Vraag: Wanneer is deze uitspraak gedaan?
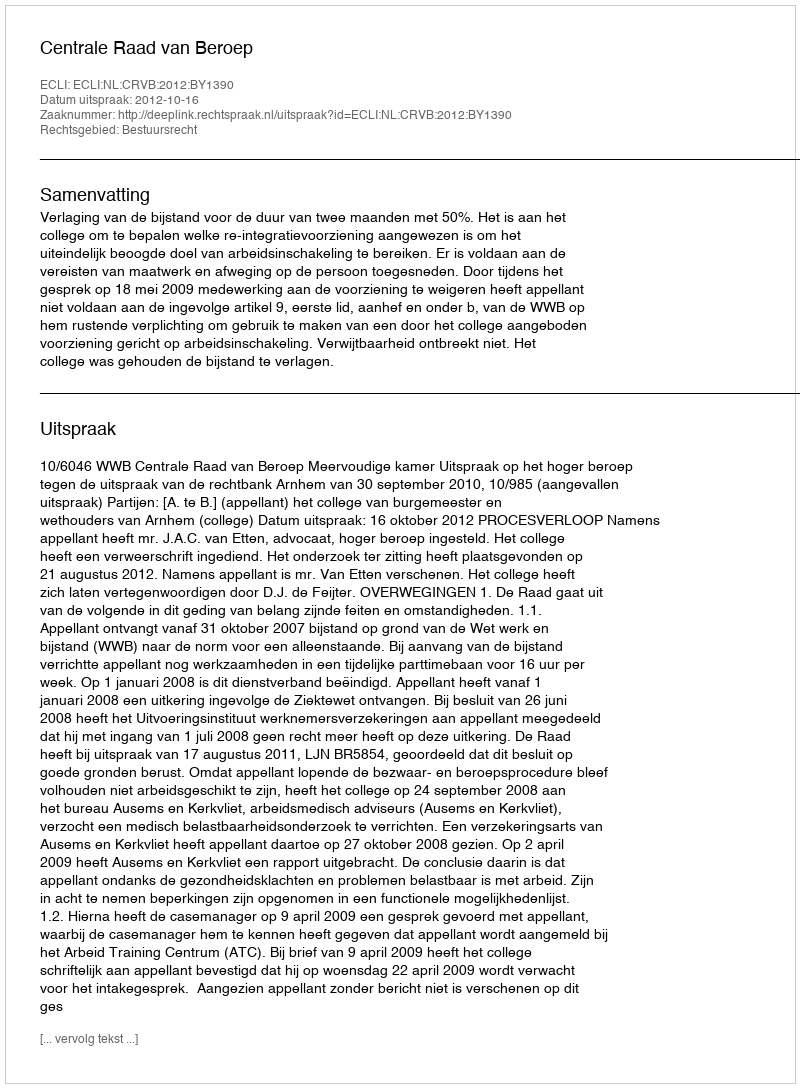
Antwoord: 2012-10-16